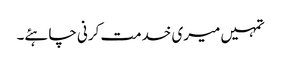
تمہیں میری خدمت کرنی چاہئے۔